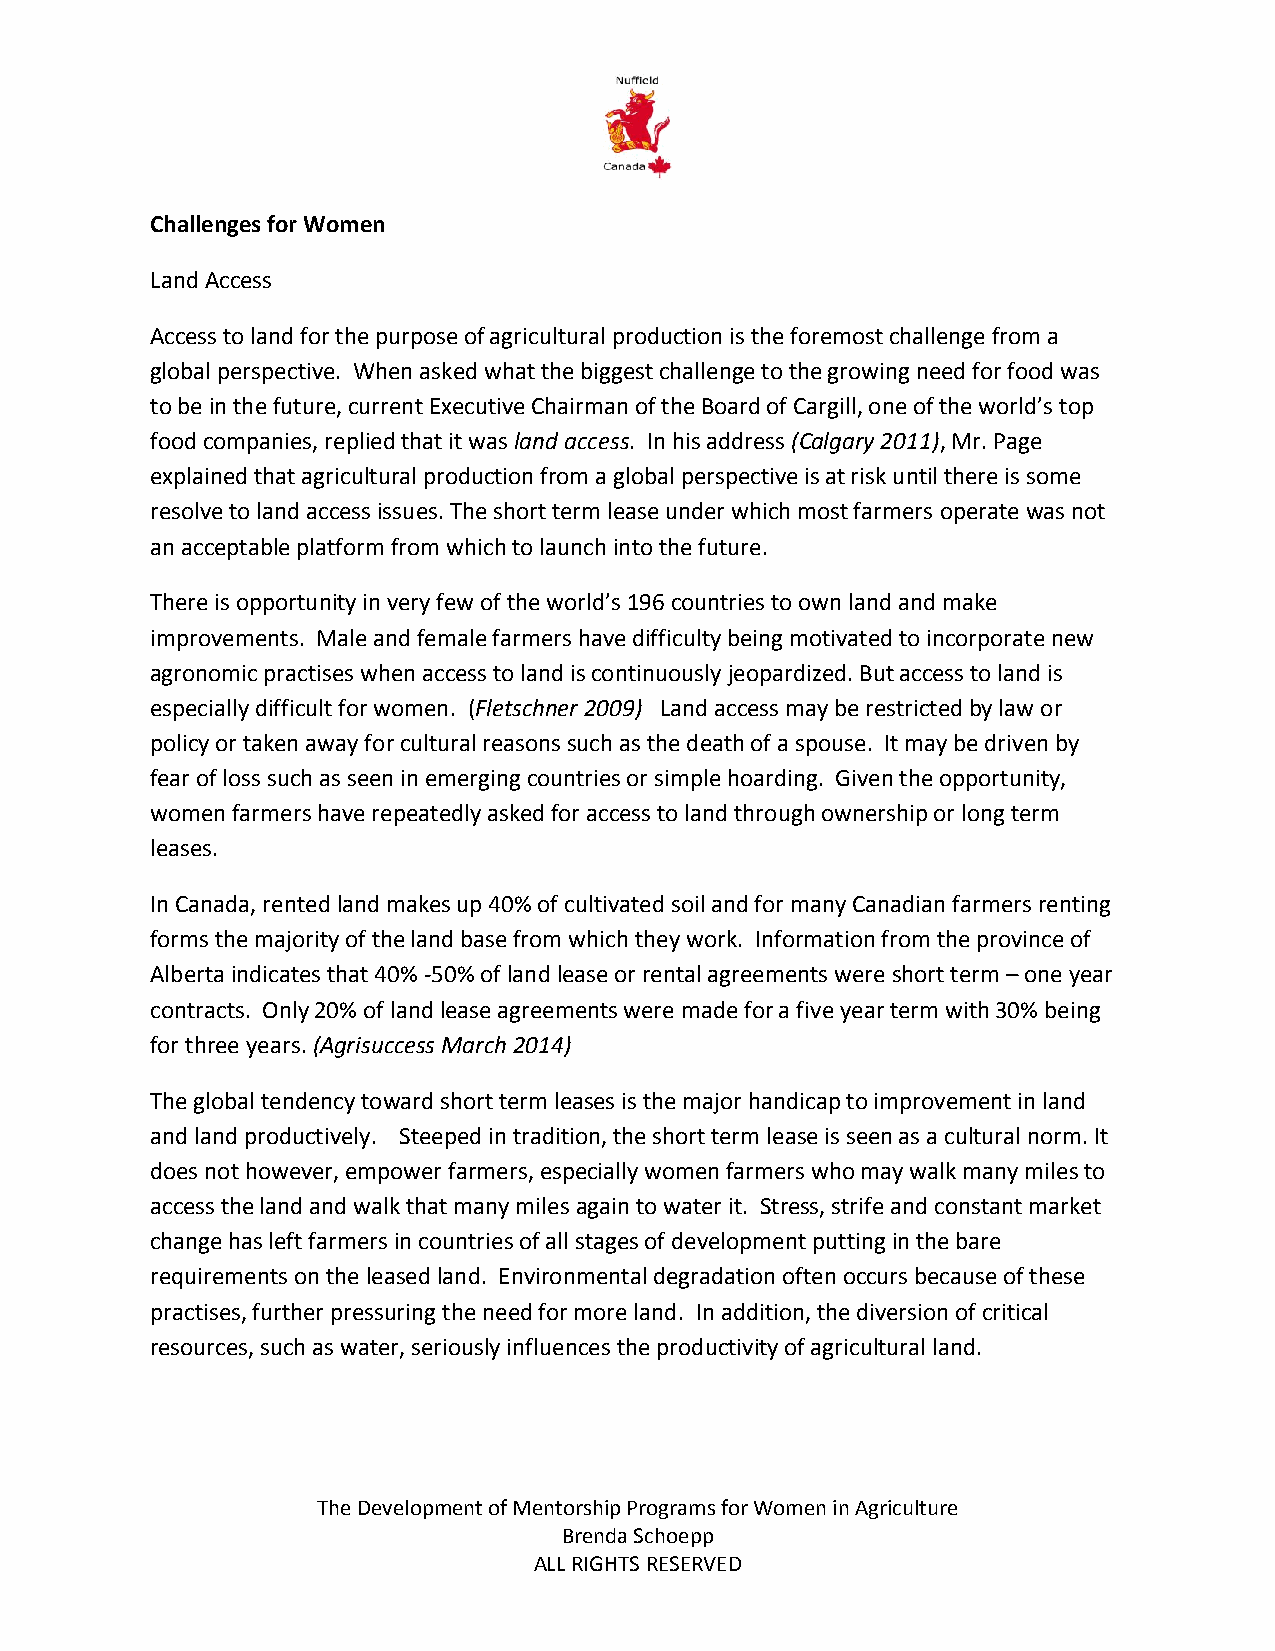
Challenges for Women
 Land Access
 Access to land for the purpose of agricultural production is the foremost challenge from a
 global perspective. When asked what the biggest challenge to the growing need for food was
 to be in the future, current Executive Chairman of the Board of Cargill, one of the world’s top
 food companies, replied that it was land access. In his address (Calgary 2011), Mr. Page
 explained that agricultural production from a global perspective is at risk until there is some
 resolve to land access issues. The short term lease under which most farmers operate was not
 an acceptable platform from which to launch into the future.
 There is opportunity in very few of the world’s 196 countries to own land and make
 improvements. Male and female farmers have difficulty being motivated to incorporate new
 agronomic practises when access to land is continuously jeopardized. But access to land is
 especially difficult for women. (Fletschner 2009) Land access may be restricted by law or
 policy or taken away for cultural reasons such as the death of a spouse. It may be driven by
 fear of loss such as seen in emerging countries or simple hoarding. Given the opportunity,
 women farmers have repeatedly asked for access to land through ownership or long term
 leases.
 In Canada, rented land makes up 40% of cultivated soil and for many Canadian farmers renting
 forms the majority of the land base from which they work. Information from the province of
 Alberta indicates that 40% -50% of land lease or rental agreements were short term – one year
 contracts. Only 20% of land lease agreements were made for a five year term with 30% being
 for three years. (Agrisuccess March 2014)
 The global tendency toward short term leases is the major handicap to improvement in land
 and land productively. Steeped in tradition, the short term lease is seen as a cultural norm. It
 does not however, empower farmers, especially women farmers who may walk many miles to
 access the land and walk that many miles again to water it. Stress, strife and constant market
 change has left farmers in countries of all stages of development putting in the bare
 requirements on the leased land. Environmental degradation often occurs because of these
 practises, further pressuring the need for more land. In addition, the diversion of critical
 resources, such as water, seriously influences the productivity of agricultural land.
 The Development of Mentorship Programs for Women in Agriculture
 Brenda Schoepp
 ALL RIGHTS RESERVED